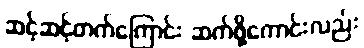
ဆင့်ဆင့်တက်ကြောင်း ဆက်ဖို့ကောင်းလည်း